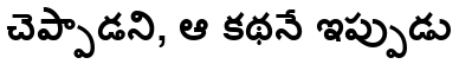
చెప్పాడని, ఆ కథనే ఇప్పుడు